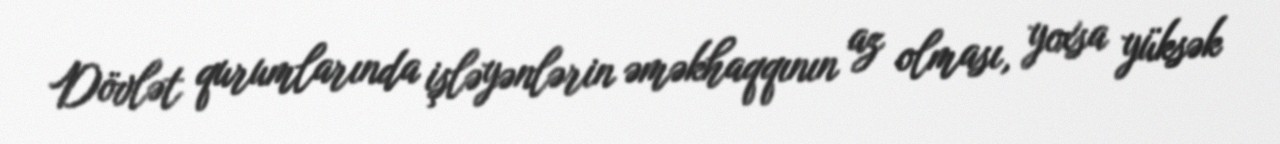
Dövlət qurumlarında işləyənlərin əməkhaqqının az olması, yoxsa yüksək